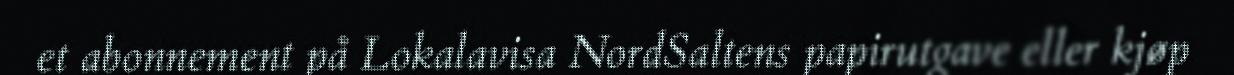
et abonnement på Lokalavisa NordSaltens papirutgave eller kjøp